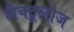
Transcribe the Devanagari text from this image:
लैक्टूलोज